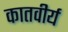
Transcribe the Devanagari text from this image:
कातवीर्य